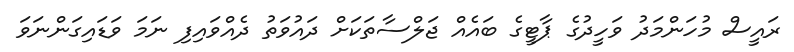
ރައީސް މުހަންމަދު ވަހީދުގެ ޕާޓީގެ ބައެއް ޖަލްސާތަކަށް ދައުވަތު ދެއްވައިފި ނަމަ ވަޑައިގަންނަވަ